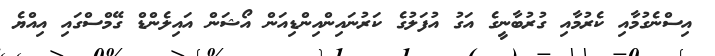
އިސްނެގުމާއި ކެރުމާއި ގުރުބާނީގެ އަގު އުފަލުގެ ކަރުނައިންއިންޑިއަން އޯޝަން އައިލެންޑް ގޭމްސްގައި އިއްޔެ